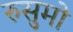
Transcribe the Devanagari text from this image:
रुसुमो